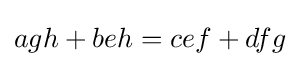
agh+beh=cef+dfg